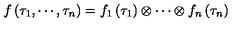
f \left( \tau _ { 1 } , \cdots , \tau _ { n } \right) = f _ { 1 } \left( \tau _ { 1 } \right) \otimes \cdots \otimes f _ { n } \left( \tau _ { n } \right)